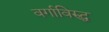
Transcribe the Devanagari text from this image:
वर्गाविरुद्ध